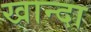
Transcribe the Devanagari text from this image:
खान्दा